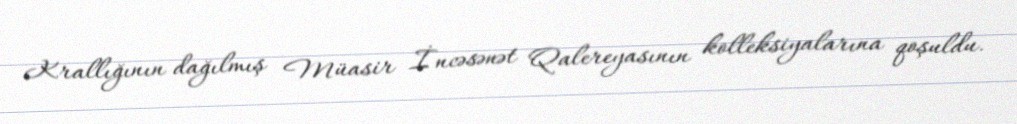
Krallığının dağılmış Müasir İncəsənət Qalereyasının kolleksiyalarına qoşuldu.